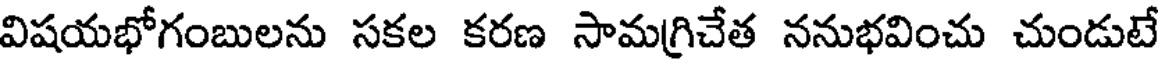
విషయభోగంబులను సకల కరణ సామగ్రిచేత ననుభవించు చుండుటే